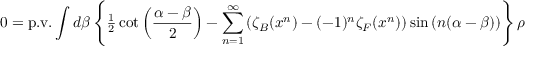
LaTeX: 0 = \mathrm { p . v . } \int { d \beta } \left\{ { { \textstyle { \frac { 1 } { 2 } } } \cot \left( { { \frac { \alpha - \beta } { 2 } } } \right) - \sum _ { n = 1 } ^ { \infty } { \left( { \zeta _ { B } ( x ^ { n } ) - ( - 1 ) ^ { n } \zeta _ { F } ( x ^ { n } ) } \right) \sin \left( { n ( \alpha - \beta ) } \right) } } \right\} \rho ( \beta )